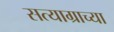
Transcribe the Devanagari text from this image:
सत्याग्राच्या